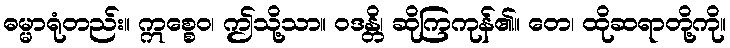
ဓမ္မာရုံတည်း။ ဣစ္စေဝ၊ ဤသို့သာ။ ဝဒန္တိ၊ ဆိုကြကုန်၏။ တေ၊ ထိုဆရာတို့ကို။